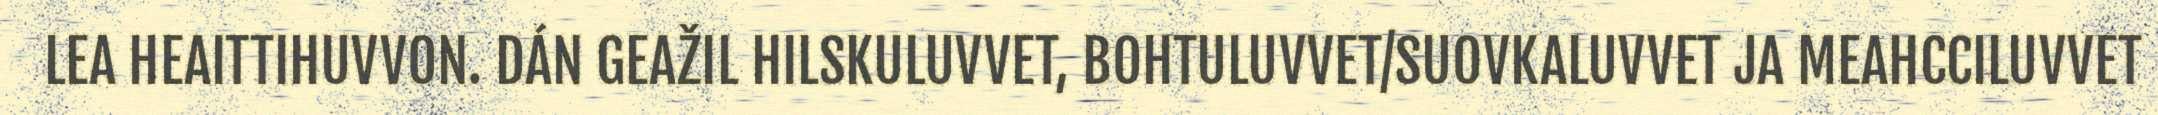
LEA HEAITTIHUVVON. DÁN GEAŽIL HILSKULUVVET, BOHTULUVVET/SUOVKALUVVET JA MEAHCCILUVVET